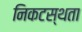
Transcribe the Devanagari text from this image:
निकटस्थता